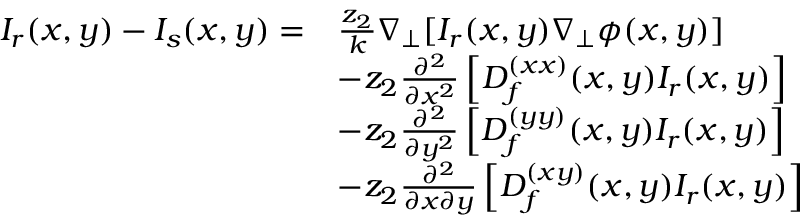
\begin{array} { r l r l } { I _ { r } ( x , y ) - I _ { s } ( x , y ) = } & { \frac { z _ { 2 } } { k } \nabla _ { \perp } [ I _ { r } ( x , y ) \nabla _ { \perp } \phi ( x , y ) ] } & & { } \\ & { - z _ { 2 } \frac { \partial ^ { 2 } } { \partial x ^ { 2 } } \left[ D _ { f } ^ { ( x x ) } ( x , y ) I _ { r } ( x , y ) \right] } \\ & { - z _ { 2 } \frac { \partial ^ { 2 } } { \partial y ^ { 2 } } \left[ D _ { f } ^ { ( y y ) } ( x , y ) I _ { r } ( x , y ) \right] } \\ & { - z _ { 2 } \frac { \partial ^ { 2 } } { \partial x \partial y } \left[ D _ { f } ^ { ( x y ) } ( x , y ) I _ { r } ( x , y ) \right] } \end{array}